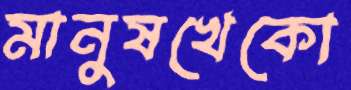
মানুষখেকো